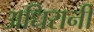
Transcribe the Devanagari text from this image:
अधिरानी